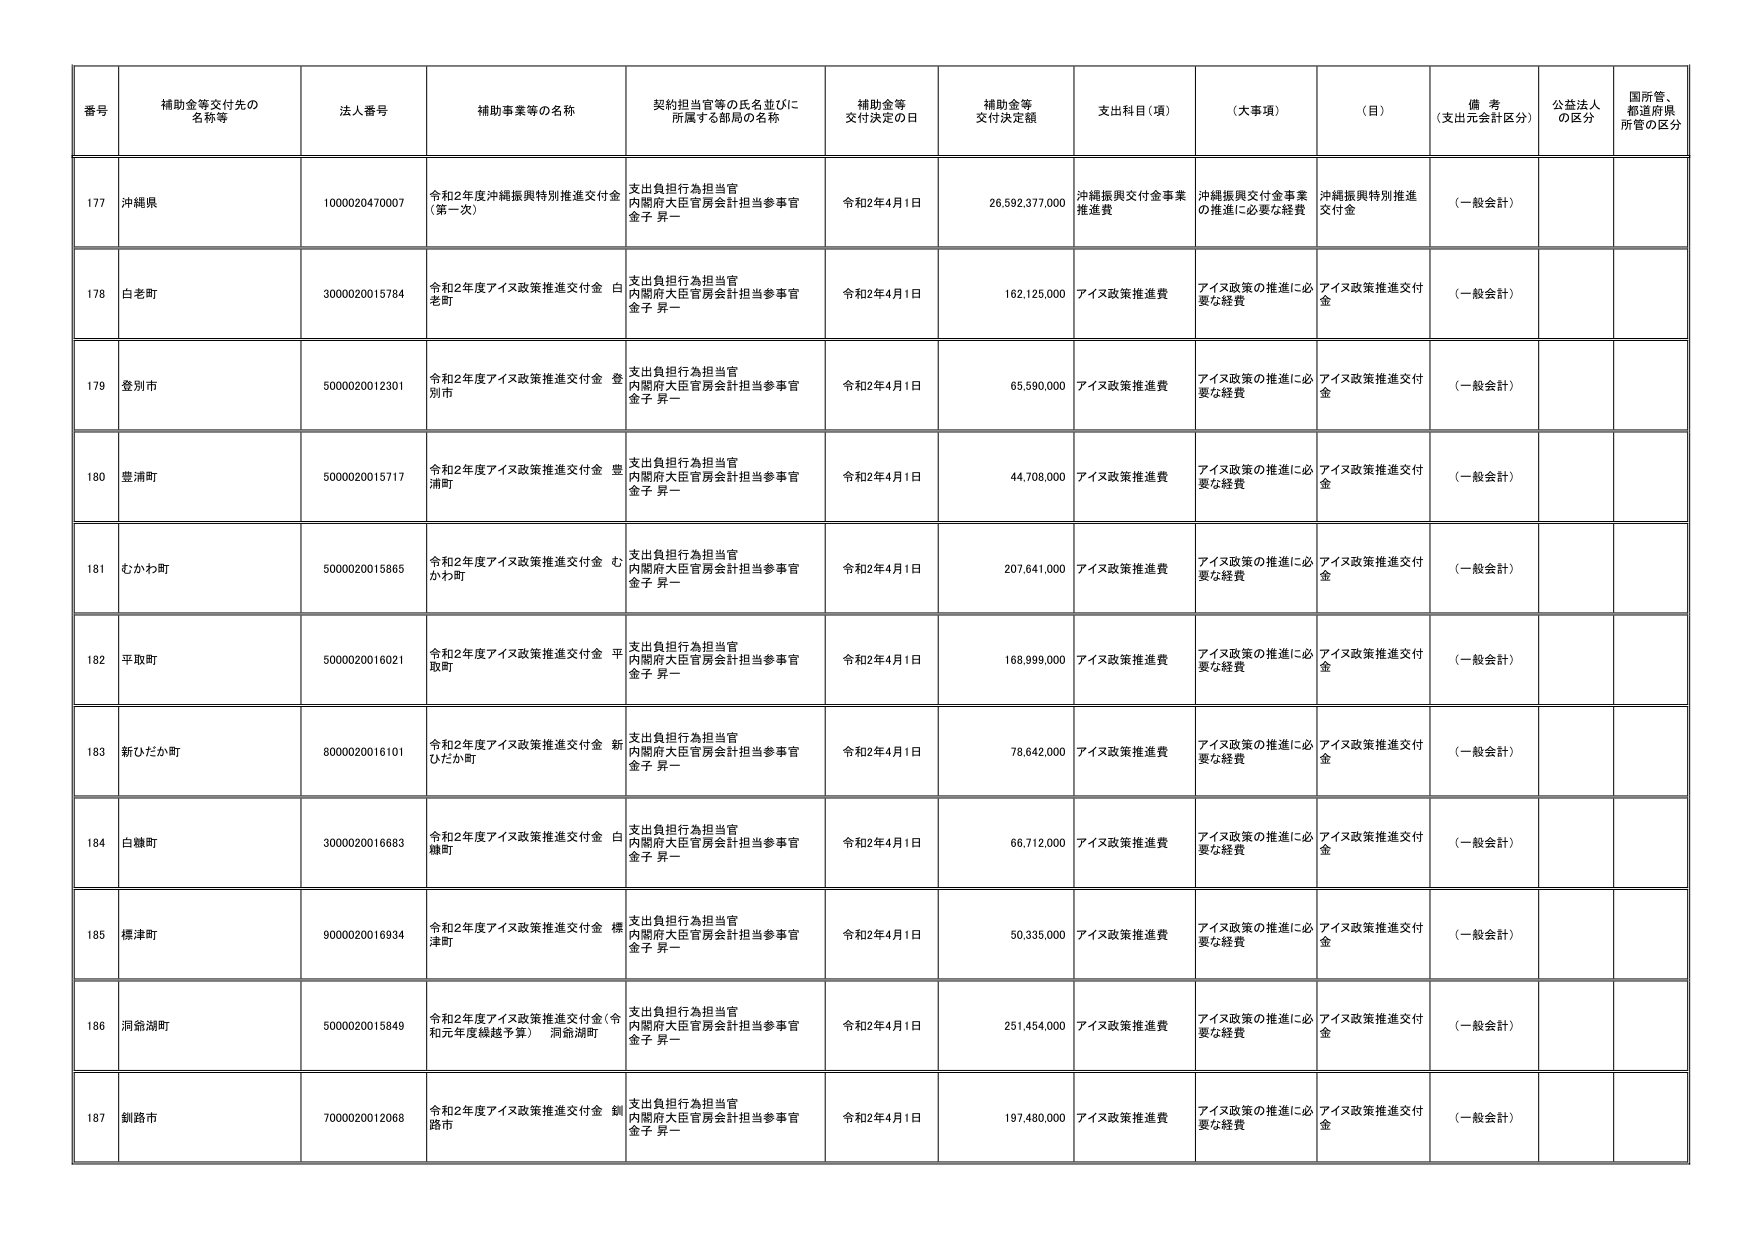
番号 補助金等交付先の名称等 法人番号 補助事業等の名称 契約担当官等の氏名並びに所属する部局の名称 補助金等交付決定の日 補助金等交付決定額 支出科目（項） （大事項） （目） 備考（支出元会計区分） 公益法人の区分 国所管、都道府県所管の区分

177 沖縄県 1000020470007 令和2年度沖縄振興特別推進交付金（第一次） 支出負担行為担当官 内閣府大臣官房会計担当参事官 金子 昇一 令和2年4月1日 26,592,377,000 沖縄振興交付金事業推進費 沖縄振興交付金事業の推進に必要な経費 沖縄振興特別推進交付金 （一般会計）

178 白老町 3000020015784 令和2年度アイヌ政策推進交付金 白老町 支出負担行為担当官 内閣府大臣官房会計担当参事官 金子 昇一 令和2年4月1日 162,125,000 アイヌ政策推進費 アイヌ政策の推進に必要な経費 アイヌ政策推進交付金 （一般会計）

179 登別市 5000020012301 令和2年度アイヌ政策推進交付金 登別市 支出負担行為担当官 内閣府大臣官房会計担当参事官 金子 昇一 令和2年4月1日 65,590,000 アイヌ政策推進費 アイヌ政策の推進に必要な経費 アイヌ政策推進交付金 （一般会計）

180 豊浦町 5000020015717 令和2年度アイヌ政策推進交付金 豊浦町 支出負担行為担当官 内閣府大臣官房会計担当参事官 金子 昇一 令和2年4月1日 44,708,000 アイヌ政策推進費 アイヌ政策の推進に必要な経費 アイヌ政策推進交付金 （一般会計）

181 むかわ町 5000020015865 令和2年度アイヌ政策推進交付金 むかわ町 支出負担行為担当官 内閣府大臣官房会計担当参事官 金子 昇一 令和2年4月1日 207,641,000 アイヌ政策推進費 アイヌ政策の推進に必要な経費 アイヌ政策推進交付金 （一般会計）

182 平取町 5000020016021 令和2年度アイヌ政策推進交付金 平取町 支出負担行為担当官 内閣府大臣官房会計担当参事官 金子 昇一 令和2年4月1日 168,999,000 アイヌ政策推進費 アイヌ政策の推進に必要な経費 アイヌ政策推進交付金 （一般会計）

183 新ひだか町 8000020016101 令和2年度アイヌ政策推進交付金 新ひだか町 支出負担行為担当官 内閣府大臣官房会計担当参事官 金子 昇一 令和2年4月1日 78,642,000 アイヌ政策推進費 アイヌ政策の推進に必要な経費 アイヌ政策推進交付金 （一般会計）

184 白糠町 3000020016683 令和2年度アイヌ政策推進交付金 白糠町 支出負担行為担当官 内閣府大臣官房会計担当参事官 金子 昇一 令和2年4月1日 66,712,000 アイヌ政策推進費 アイヌ政策の推進に必要な経費 アイヌ政策推進交付金 （一般会計）

185 標津町 9000020016934 令和2年度アイヌ政策推進交付金 標津町 支出負担行為担当官 内閣府大臣官房会計担当参事官 金子 昇一 令和2年4月1日 50,335,000 アイヌ政策推進費 アイヌ政策の推進に必要な経費 アイヌ政策推進交付金 （一般会計）

186 洞爺湖町 5000020015849 令和2年度アイヌ政策推進交付金（令和元年度繰越予算） 洞爺湖町 支出負担行為担当官 内閣府大臣官房会計担当参事官 金子 昇一 令和2年4月1日 251,454,000 アイヌ政策推進費 アイヌ政策の推進に必要な経費 アイヌ政策推進交付金 （一般会計）

187 釧路市 7000020012068 令和2年度アイヌ政策推進交付金 釧路市 支出負担行為担当官 内閣府大臣官房会計担当参事官 金子 昇一 令和2年4月1日 197,480,000 アイヌ政策推進費 アイヌ政策の推進に必要な経費 アイヌ政策推進交付金 （一般会計）